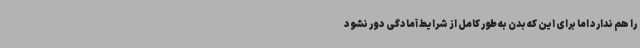
را هم ندارد اما برای این که بدن به طور کامل از شرایط آمادگی دور نشود